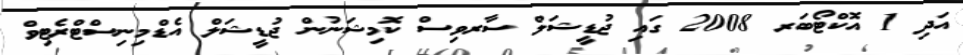
އަދި 1 އޮކްޓޯބަރ 2008 ގައި ޖުޑީޝަލް ސާރވިސް ކޮމިޝަނުން ޖުޑީޝަލް އެޑްމިނިސްޓްރެޓިވް